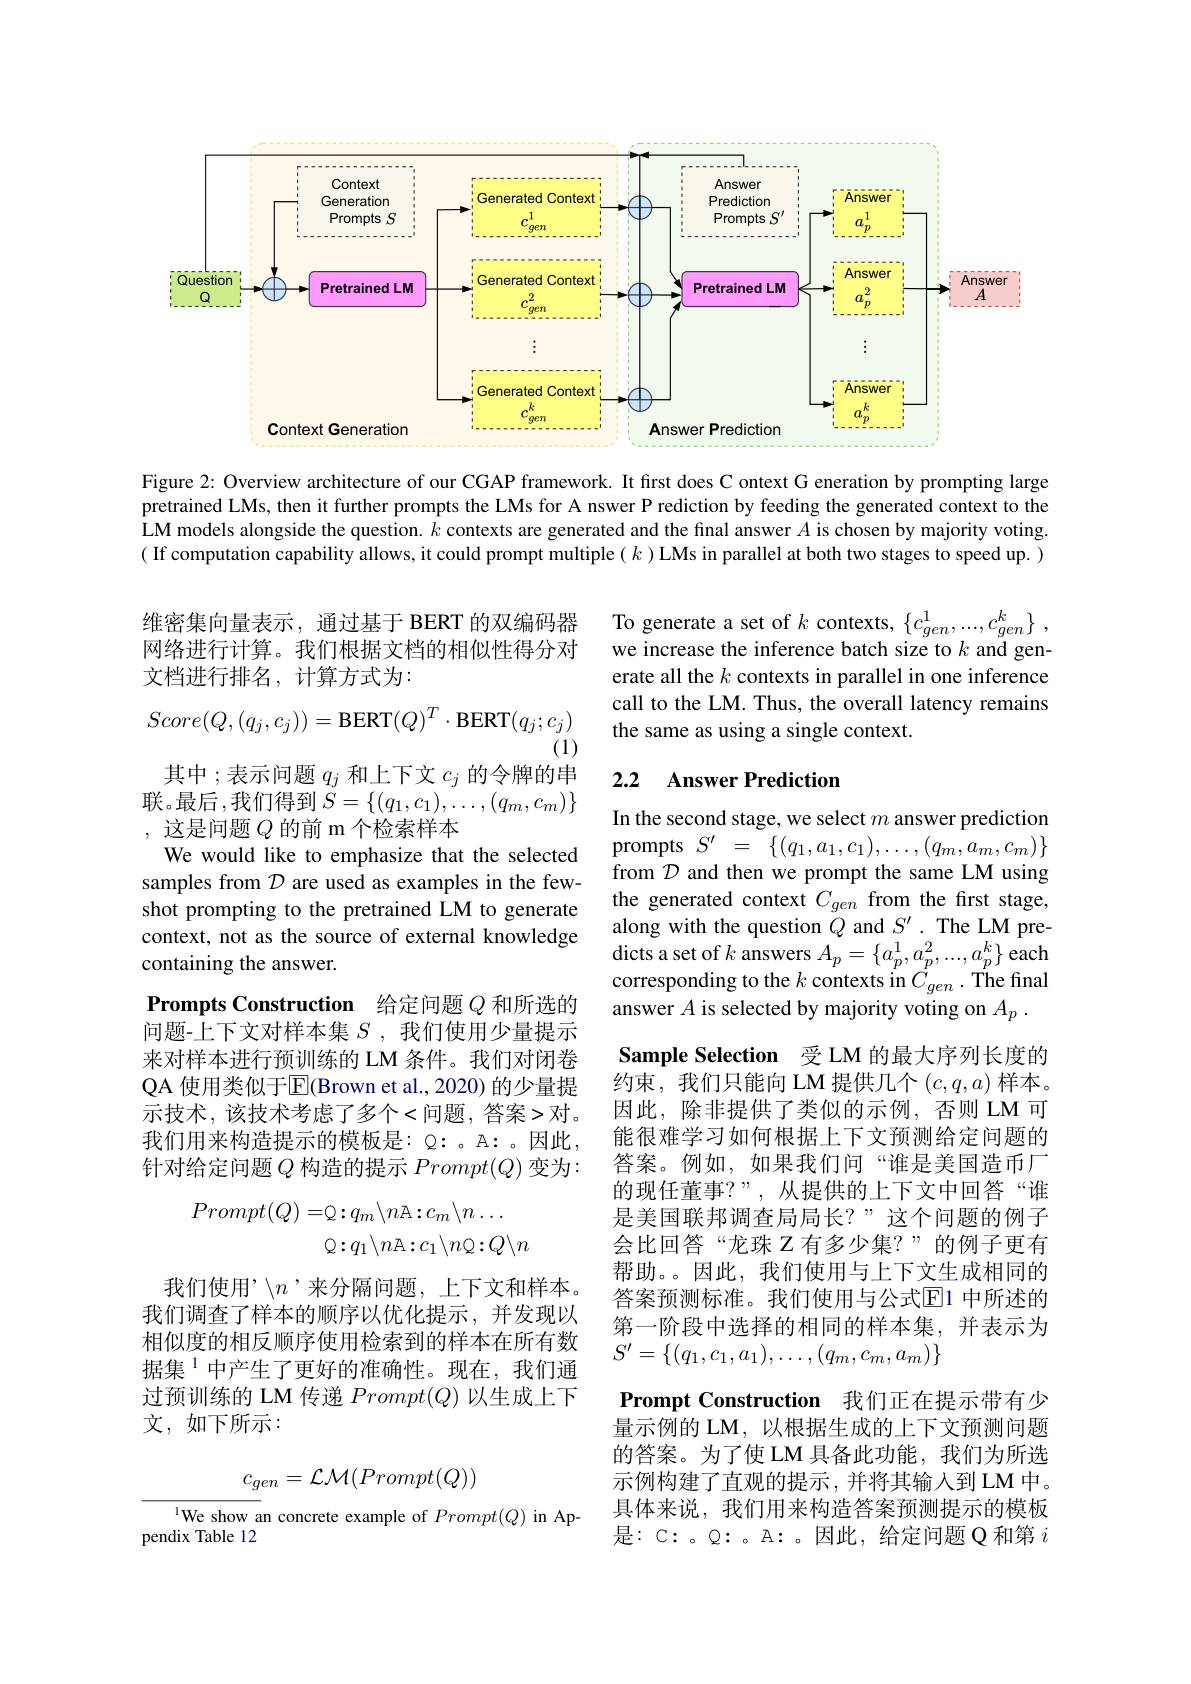
<FigureHere>

Figure 2: Overview architecture of our CGAP framework. It frst does C ontext G eneration by prompting large pretrained LMs, then it further prompts the LMs for A nswer P rediction by feeding the generated context to the LM models alongside the question. $k$ contexts are generated and the final answer $A$ is chosen by majority voting. ( If computation capability allows, it could prompt multiple( $k$ )LMs in parallel at both two stages to speed up. )

维密集向量表示，通过基于 BERT 的双编码器 To generate a set of $k$ contexts, $\{ c_{gen}^1, . . . , c_{gen}^k\}$ ,
网络进行计算。我们根据文档的相似性得分对
文档进行排名，计算方式为：

we increase the inference batch size to $k$ and generate all the $k$ contexts in parallel in one inference call to the LM. Thus, the overall latency remains the same as using a single context.
$$Score(Q,(q_j,c_j))=\mathrm{BERT}(Q)^T\cdot\mathrm{BERT}(q_j;c_j)$$
(1)
其中；表示问题$q_j$和上下文$c_j$的令牌的串

## 2.2 Answer Prediction

联。最后，我们得到$\tilde{S}=\{(q_1,c_1),\ldots,(q_m,c_m)\}$
,这是问题$Q$的前 m 个检索样本
We would like to emphasize that the selected samples from $\mathcal{D}$ are used as examples in the fewshot prompting to the pretrained LM to generate context, not as the source of external knowledge containing the answer.

Prompts Construction 给定问题$Q$和所选的问题-上下文对样本集$S$ ,我们使用少量提示来对样本进行预训练的 LM 条件。我们对闭卷QA 使用类似于$\overline{\mathrm{E}}($Brown et al.,2020) 的少量提示技术，该技术考虑了多个<问题，答案>对。我们用来构造提示的模板是：$\mathbb{Q}:$ 。A: 。因此， 针对给定问题$Q$构造的提示$Prompt(Q)$变为：

In the second stage, we select $m$ answer prediction ${\mathrm{prompts}}{S^{\prime}}{=}{\{(q_{1},a_{1},c_{1}),\ldots,(q_{m},a_{m},c_{m})\}}$ from $\mathcal{D}$ and then we prompt the same LM using the generated context $C_{gen}$ from the frst stage, along with the question $Q$ and $S^\prime.$ The LM predicts a set of $k$ answers $A_p=\{a_p^1,a_p^2,...,a_p^k\}$ each corresponding to the $k$ contexts in $C_{gen}^{P}.$ The final answer $A$ is selected by majority voting on $A_p$ . Sample Selection 受 LM 的最大序列长度的约束，我们只能向 LM 提供几个$(c,q,a)$样本。因此，除非提供了类似的示例，否则 LM 可能很难学习如何根据上下文预测给定问题的答案。例如，如果我们问“谁是美国造币厂的现任董事？”,从提供的上下文中回答“谁是美国联邦调查局局长？”这个问题的例子会比回答“龙珠 Z 有多少集？”的例子更有帮助。。因此，我们使用与上下文生成相同的答案预测标准。我们使用与公式$\overline{\mathbb{E}}$1 中所述的第一阶段中选择的相同的样本集，并表示为$S'=\{(q_1,c_1,a_1),\ldots,(q_m,c_m,a_m)\}$
Prompt Construction 我们正在提示带有少量示例的 LM,以根据生成的上下文预测问题的答案。为了使 LM 具备此功能，我们为所选示例构建了直观的提示，并将其输入到 LM 中。具体来说，我们用来构造答案预测提示的模板是：C: 。$\mathbb{Q}:$ 。A: 。因此，给定问题 Q 和第$i$
$$\begin{aligned}Prompt(Q)=&\mathbb{Q}:q_m\backslash n\mathbb{A}:c_m\backslash n\dots\\&\mathbb{Q}:q_1\backslash n\mathbb{A}:c_1\backslash n\mathbb{Q}:Q\backslash n\end{aligned}$$
我们使用’$\setminus n$’来分隔问题，上下文和样本。我们调查了样本的顺序以优化提示，并发现以相似度的相反顺序使用检索到的样本在所有数据集$^{1}$中产生了更好的准确性。现在，我们通过预训练的 LM 传递$Prompt(Q)$以生成上下文，如下所示：
$$c_{gen}=\mathcal{LM}(Prompt(Q))$$
$^{1}$We show an concrete example of Prompt(Q) in Ap-
pendix Table 12